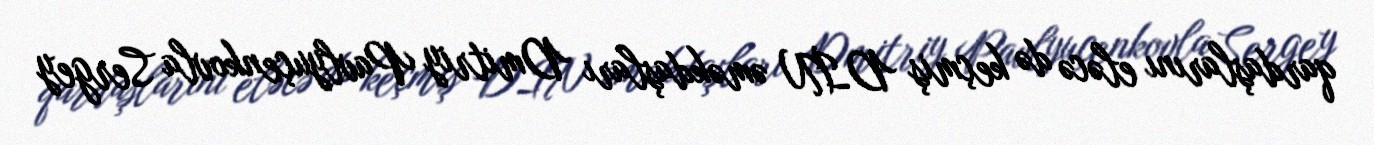
qardaşlarını eləcə də keçmiş DİN əməkdaşları Dmitriy Pavlyuçenkovla Sergey